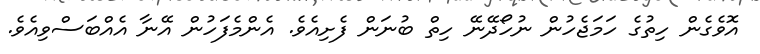
އޮވެގެން ހިތުގެ ހަމަޖެހުން ނުހޯދޭނޭ ހިތް ބުނަން ފެށިއެވެ. އެންމެފަހުން އޭނާ އެއްބަސްވިއެވެ.